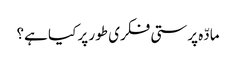
مادّہ پرستی فکری طور پر کیا ہے؟